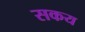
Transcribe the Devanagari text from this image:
सकय